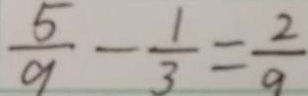
\frac { 5 } { 9 } - \frac { 1 } { 3 } = \frac { 2 } { 9 }